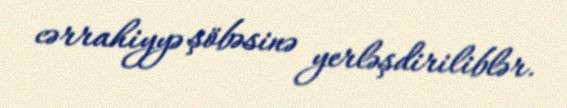
cərrahiyyə şöbəsinə yerləşdiriliblər.